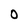
Character: O